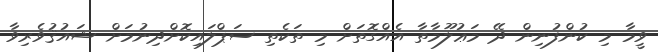
ވީމާ މި ކުންފުނިން ދޭ މަޢުލޫމާތާ އެއްގޮތަށް މި ތަކެތި ސަޕްލައިކޮށްދިނުމަށް ޝައުޤުވެރިވާ